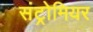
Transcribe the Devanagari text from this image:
संट्रोमियर